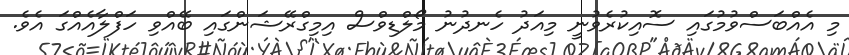
މި އެއްބަސްވުމުގައި ސޮއިކުރެވުނީ މިއަދު ހެނދުނު މޯލްޑިވްސް އިމިގްރޭޝަންގައި ބޭއްވި ހަފްލާއެއްގަ އެވެ.